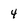
Character: 4